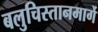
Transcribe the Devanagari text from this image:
बलुचिस्तानमार्गे